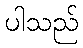
ပါသည်